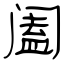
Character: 阖